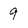
Character: 9